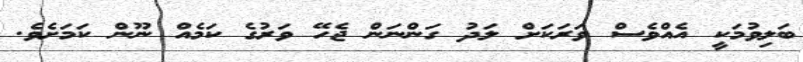
ބަލިވުމަކީ އެއްވެސް ވަރަކަށް ލަދު ގަންނަން ޖެހޭ ވަރުގެ ކަމެއް ނޫން ކަމަށެވެ.